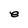
Character: e